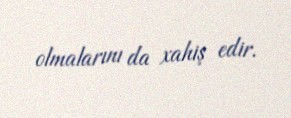
olmalarını da xahiş edir.